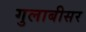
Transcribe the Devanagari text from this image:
गुलाबीसर